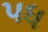
પધ